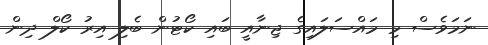
ނަމަވެސް މި މައްސަލައިގެ ޖިނާއީ ބައި ކޯޓުން ބެލި އިރު ކޯލް ދިން